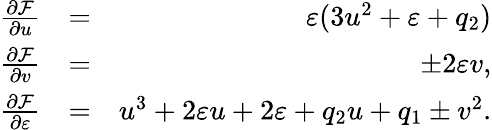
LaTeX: \begin{array}{rlr}{\frac{\partial\mathcal{F}}{\partial u}}&{=}&{\varepsilon(3u^{2}+\varepsilon+q_{2})}\\ {\frac{\partial\mathcal{F}}{\partial v}}&{=}&{\pm 2\varepsilon v,}\\ {\frac{\partial\mathcal{F}}{\partial\varepsilon}}&{=}&{u^{3}+2\varepsilon u+2\varepsilon+q_{2}u+q_{1}\pm v^{2}.}\end{array}